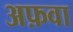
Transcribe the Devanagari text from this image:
अफ़वा